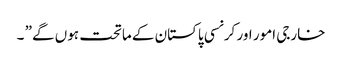
خارجی امور اور کرنسی پاکستان کے ماتحت ہوں گے” ۔